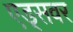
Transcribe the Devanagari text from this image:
एड्‌सवर